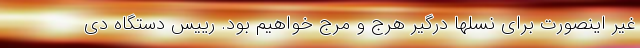
غیر اینصورت برای نسلها درگیر هرج و مرج خواهیم بود. رییس دستگاه دی